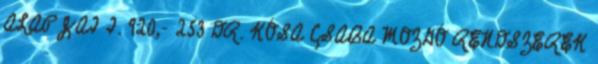
ALAPJAI I. 920,- 253 DR. KÓSA CSABA MOZGÓ RENDSZEREK